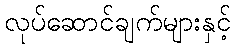
လုပ်ဆောင်ချက်များနှင့်